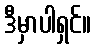
ဒီမှာပါရှင်။